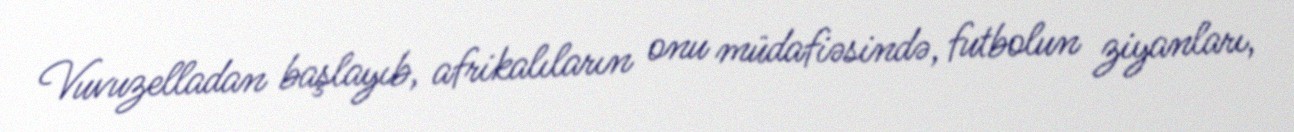
Vuvuzelladan başlayıb, afrikalıların onu müdafiəsində, futbolun ziyanları,